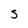
Character: 5